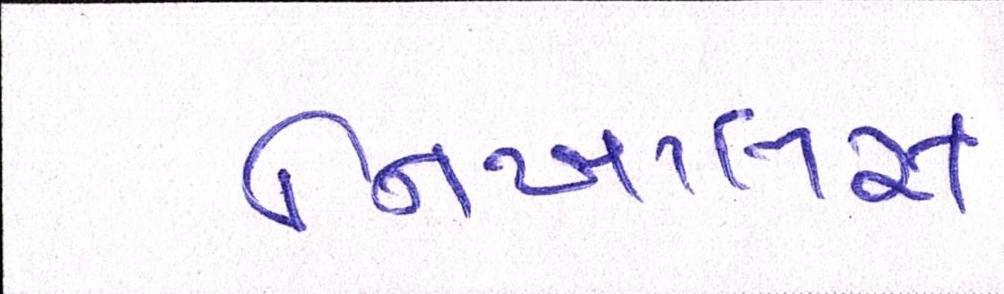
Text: નિખાલસ